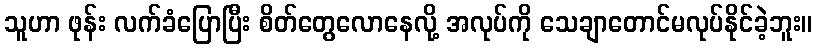
သူဟာ ဖုန်း လက်ခံပြောပြီး စိတ်တွေလောနေလို့ အလုပ်ကို သေချာတောင်မလုပ်နိုင်ခဲ့ဘူး။